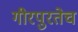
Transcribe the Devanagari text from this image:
गीरपुरतेच